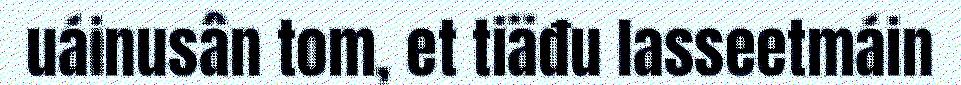
uáinusân tom, et tiäđu lasseetmáin